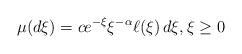
LaTeX: \begin{align*}\mu(d\xi) = c e^{-\xi} \xi^{-\alpha} \ell(\xi)\,d\xi, \xi \ge 0\end{align*}